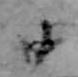
廿